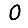
Digit: 0